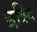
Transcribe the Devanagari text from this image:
छत्रिय